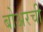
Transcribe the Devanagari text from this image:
बोअरची